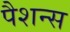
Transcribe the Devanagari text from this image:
पैशन्स